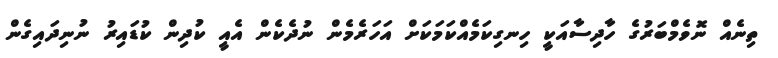
ތިނެއް ނޮވެމްބަރުގެ ހާދިސާއަކީ ހިނގިކަމެއްކަމަކަށް އަހަރެމެން ނުދެކެން އެއީ ކުދިން ކުޑައިރު ނުނިދައިގެން